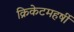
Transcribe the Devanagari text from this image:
क्रिकेटमहर्षी